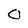
Character: 0